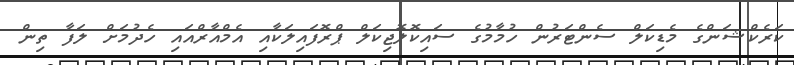
ކަރެކްޝަންގެ މެޑިކަލް ސެންޓަރުން ހުމާމުގެ ސައިކޮލޮޖިކަލް ޕްރޮފައިލަކާއި އެމްއާރްއައި ހެދުމަށް ލަފާ ތިން